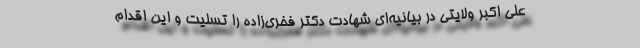
علی اکبر ولایتی در بیانیه‌ای شهادت دکتر فخری‌زاده را تسلیت و این اقدام